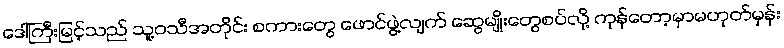
ဒေါ်ကြီးမြင့်သည် သူ့ဝသီအတိုင်း စကားတွေ ဖောင်ဖွဲ့လျက် ဆွေမျိုးတွေစပ်လို့ ကုန်တော့မှာမဟုတ်မှန်း